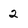
Character: 2